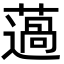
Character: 薖